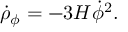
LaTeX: \dot { \rho } _ { \phi } = - 3 H { \dot { \phi } } ^ { 2 } .